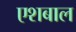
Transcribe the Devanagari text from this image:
एशबाल